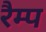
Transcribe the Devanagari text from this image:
रैम्‍प